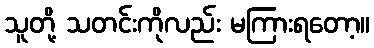
သူတို့ သတင်းကိုလည်း မကြားရတော့။